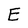
Character: E